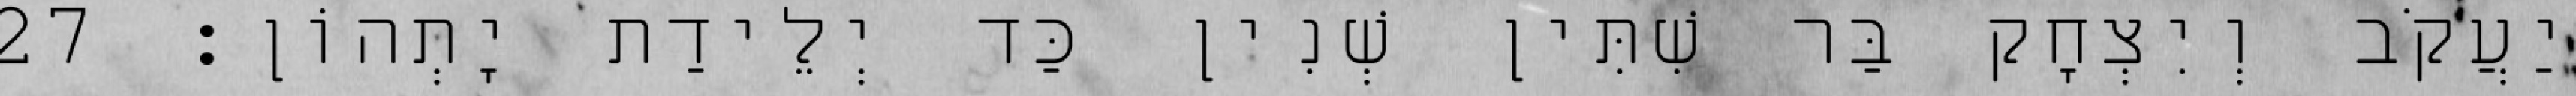
יַעֲקֹב וְיִצְחָק בַּר שִׁתִּין שְׁנִין כַּד יְלֵידַת יָתְהוֹן׃ 27